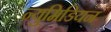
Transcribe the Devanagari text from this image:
न्युमिडियन